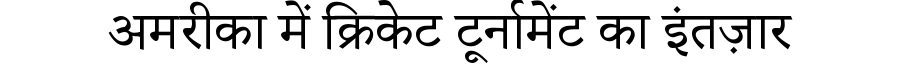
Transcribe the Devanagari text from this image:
अमरीका में क्रिकेट टूर्नामेंट का इंतज़ार